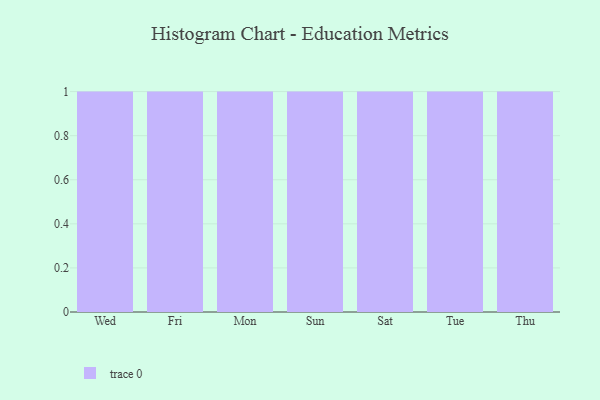
{"axis": {"x": "Day", "y": "Shipments"}, "legend": [""], "data": [{"x": "Wed", "y": 39, "type": ""}, {"x": "Fri", "y": 61, "type": ""}, {"x": "Mon", "y": 76, "type": ""}, {"x": "Sun", "y": 27, "type": ""}, {"x": "Sat", "y": 86, "type": ""}, {"x": "Tue", "y": 44, "type": ""}, {"x": "Thu", "y": 94, "type": ""}]}